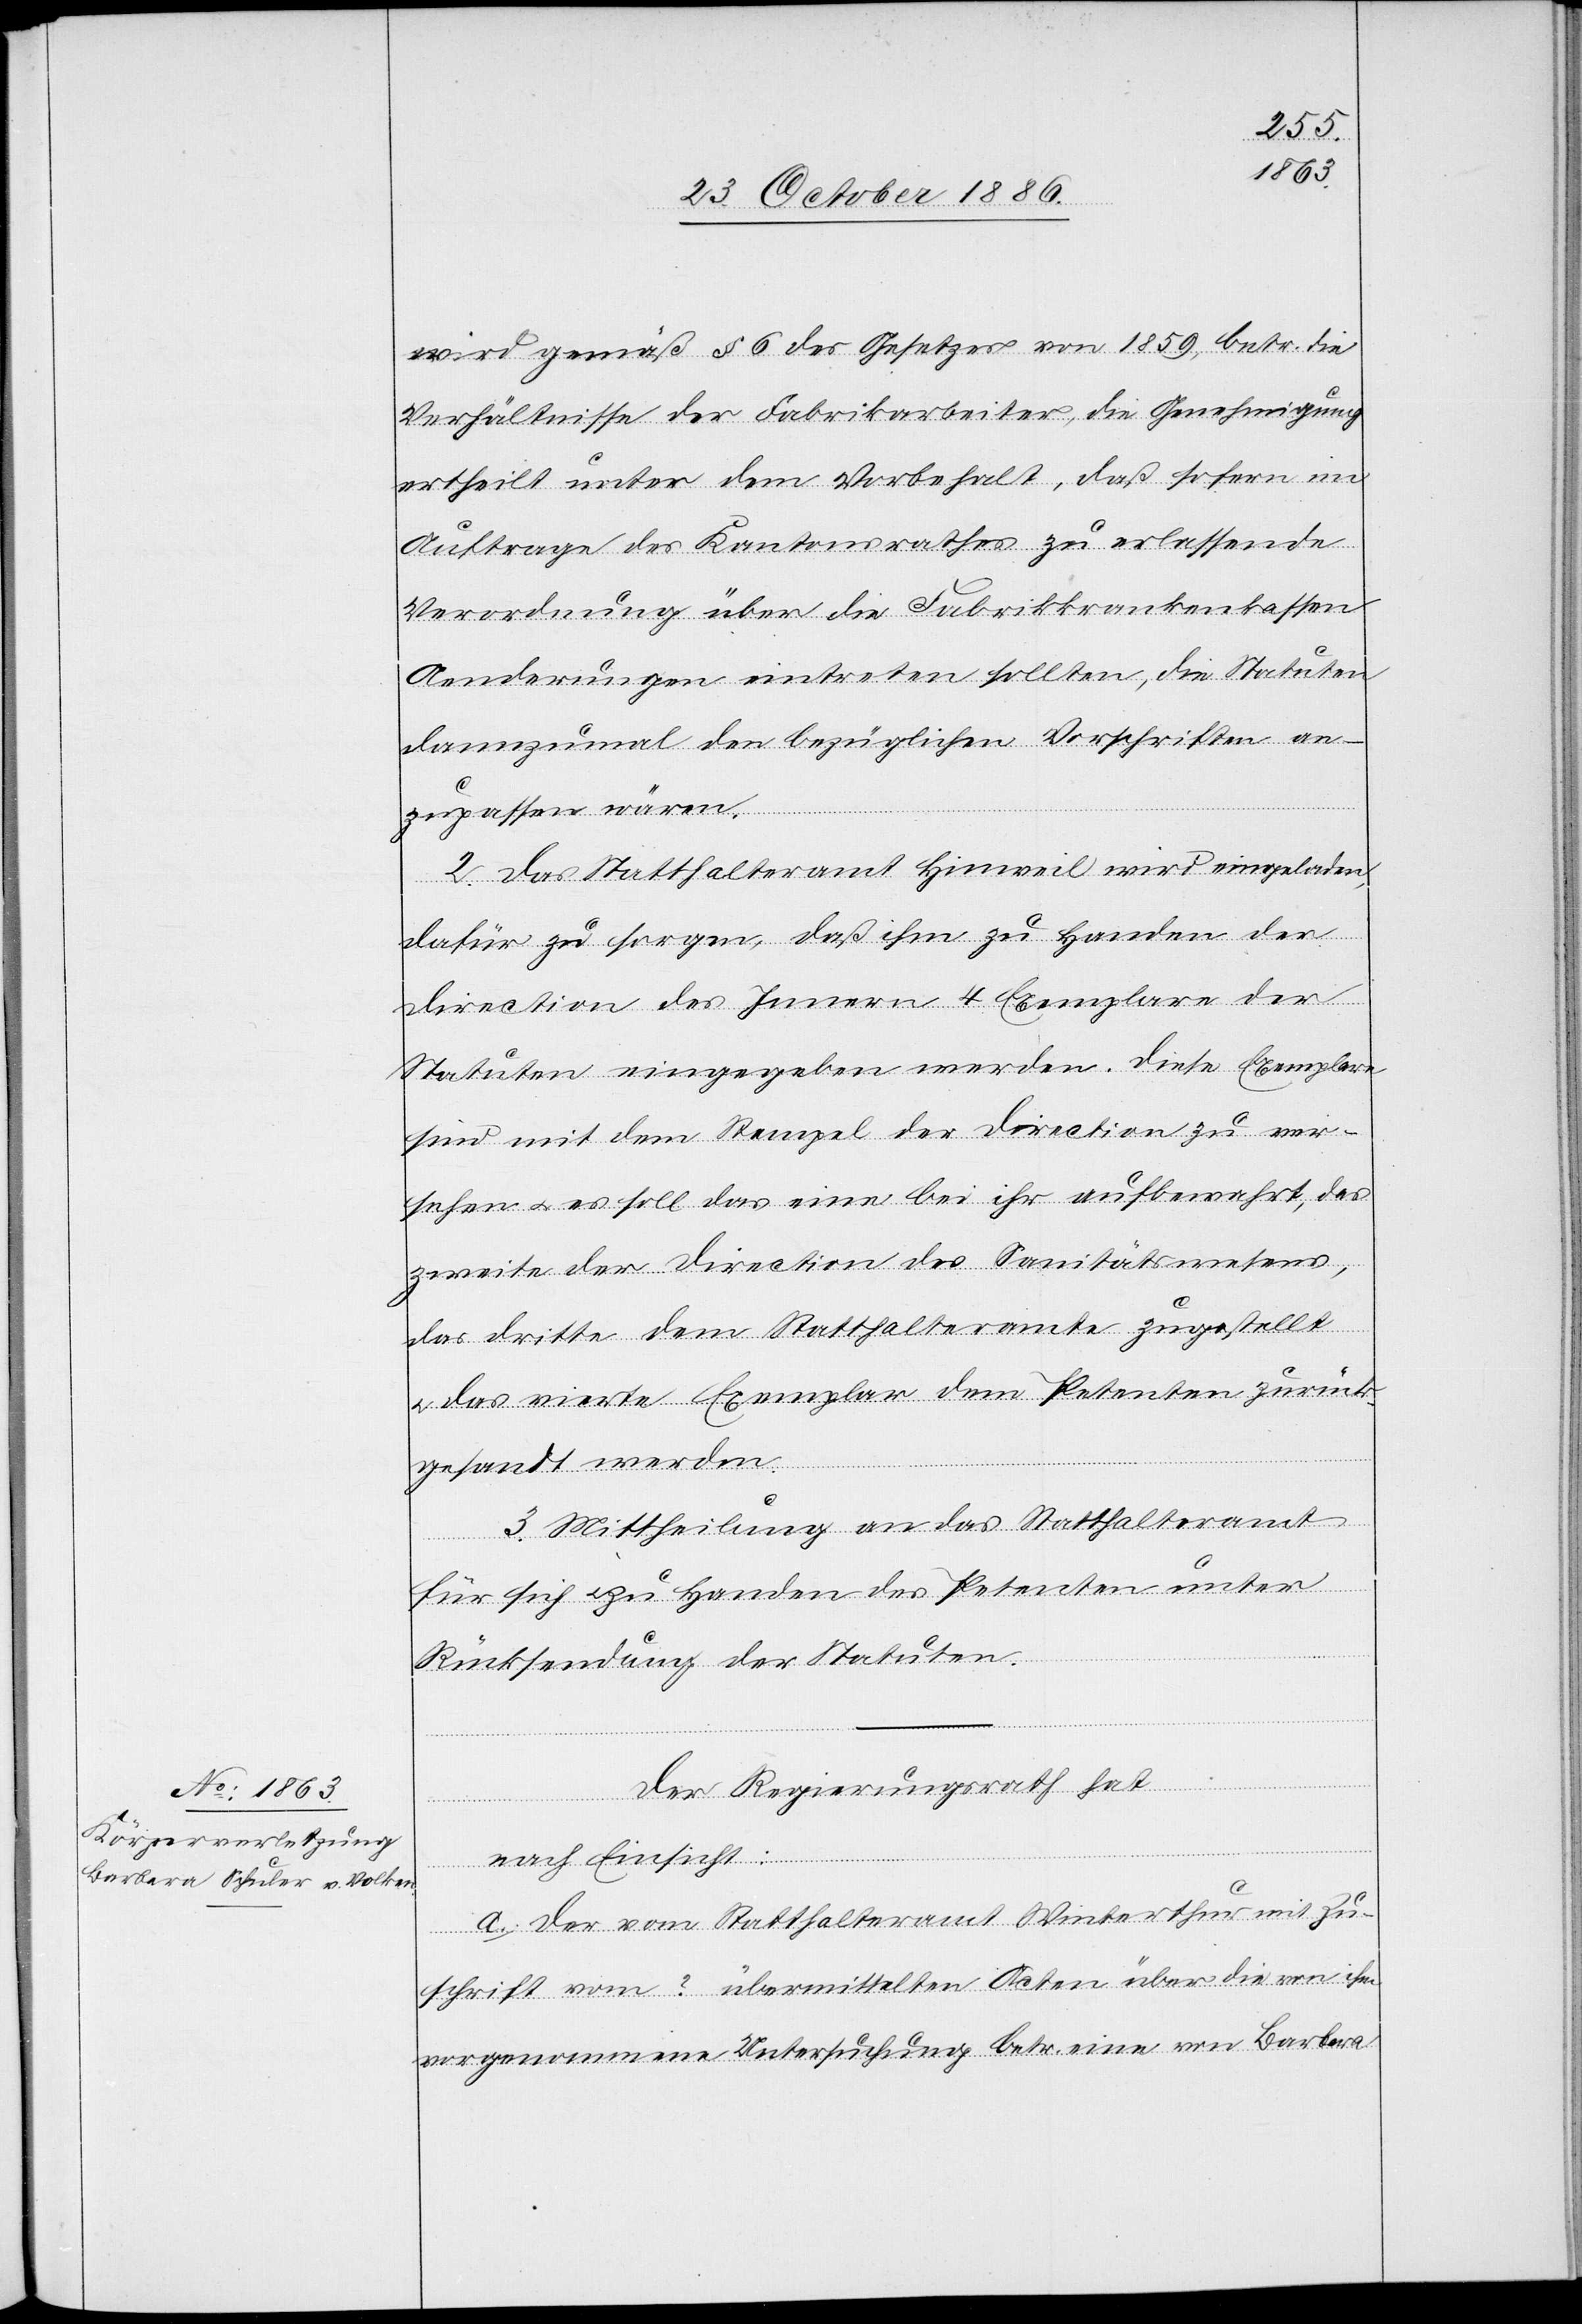
wird gemäß § 6 des Gesetzes von 1859, betr. die
Verhältnisse der Fabrikarbeiter, die Genehmigung
ertheilt unter dem Vorbehalt, daß sofern im
Auftrage des Kantonsrathes zu erlassende
Verordnung über die Fabrikkrankenkassen
Aenderungen eintreten sollten [sic!], die Statuten
dannzumal den bezüglichen Vorschriften an¬
zupassen wären.
2. Das Statthalteramt Hinweil wird eingeladen,
dafür zu sorgen, daß ihm zu Handen der
Direction des Innern 4 Exemplare der
Statuten eingegeben werden. Diese Exemplare
sind mit dem Stempel der Direction zu ver¬
sehen & es soll das eine bei ihr aufbewahrt, das
zweite der Direction des Sanitätswesens,
das dritte dem Statthalteramte zugestellt
& das vierte Exemplar dem Petenten zurück¬
gesandt werden.
3. Mittheilung an das Statthalteramt
für sich & zu Handen des Petenten unter
Rücksendung der Statuten.
Der Regierungsrath hat
nach Einsicht:
a. der vom Statthalteramt Winterthur mit Zu¬
schrift vom ? übermittelten Acten über die von ihm
vorgenommene Untersuchung betr. eine von Barbara